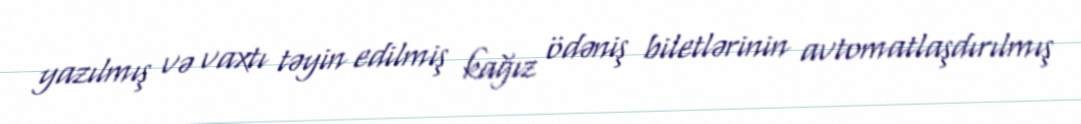
yazılmış və vaxtı təyin edilmiş kağız ödəniş biletlərinin avtomatlaşdırılmış